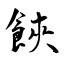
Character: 𩛩